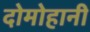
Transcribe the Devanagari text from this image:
दोमोहानी